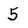
Character: 5